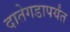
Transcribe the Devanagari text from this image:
दातेगडापर्यंत